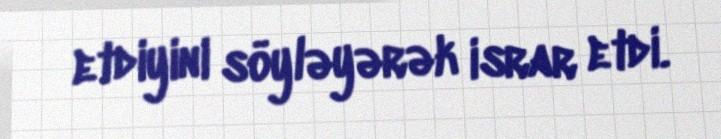
etdiyini söyləyərək israr etdi.